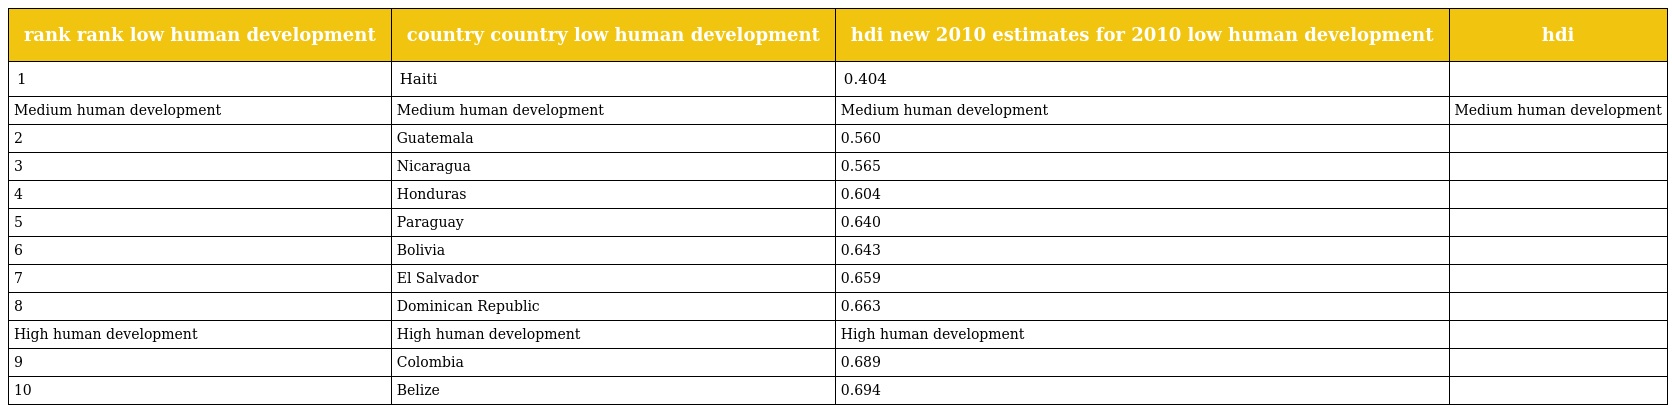
| rank rank low human development | country country low human development | hdi new 2010 estimates for 2010 low human development | hdi |
 | --- | --- | --- | --- |
 | 1 | Haiti | 0.404 |  |
 | Medium human development | Medium human development | Medium human development | Medium human development |
 | 2 | Guatemala | 0.560 |  |
 | 3 | Nicaragua | 0.565 |  |
 | 4 | Honduras | 0.604 |  |
 | 5 | Paraguay | 0.640 |  |
 | 6 | Bolivia | 0.643 |  |
 | 7 | El Salvador | 0.659 |  |
 | 8 | Dominican Republic | 0.663 |  |
 | High human development | High human development | High human development |  |
 | 9 | Colombia | 0.689 |  |
 | 10 | Belize | 0.694 |  |